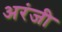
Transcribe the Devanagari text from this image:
अरंजी